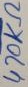
Text: 470KΩ